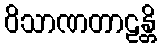
ဝိသာဏတာဠန္တိ